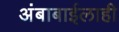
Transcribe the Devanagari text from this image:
अंबाबाईलाही